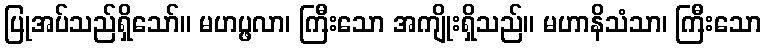
ပြုအပ်သည်ရှိသော်။ မဟပ္ဖလာ၊ ကြီးသော အကျိုးရှိသည်။ မဟာနိသံသာ၊ ကြီးသော